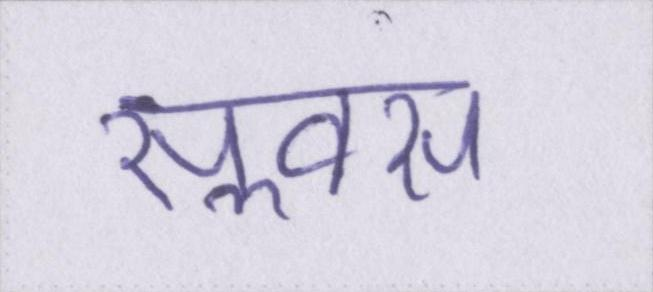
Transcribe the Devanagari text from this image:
सॢवस